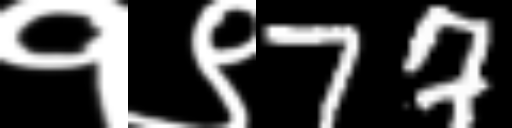
Text: १९77